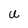
Character: U